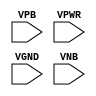
module sky130_fd_sc_ms__tap (
    //# {{power|Power}}
    input VPB ,
    input VPWR,
    input VGND,
    input VNB
);
endmodule